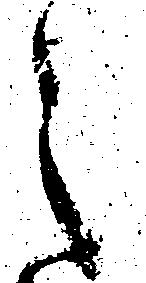
之